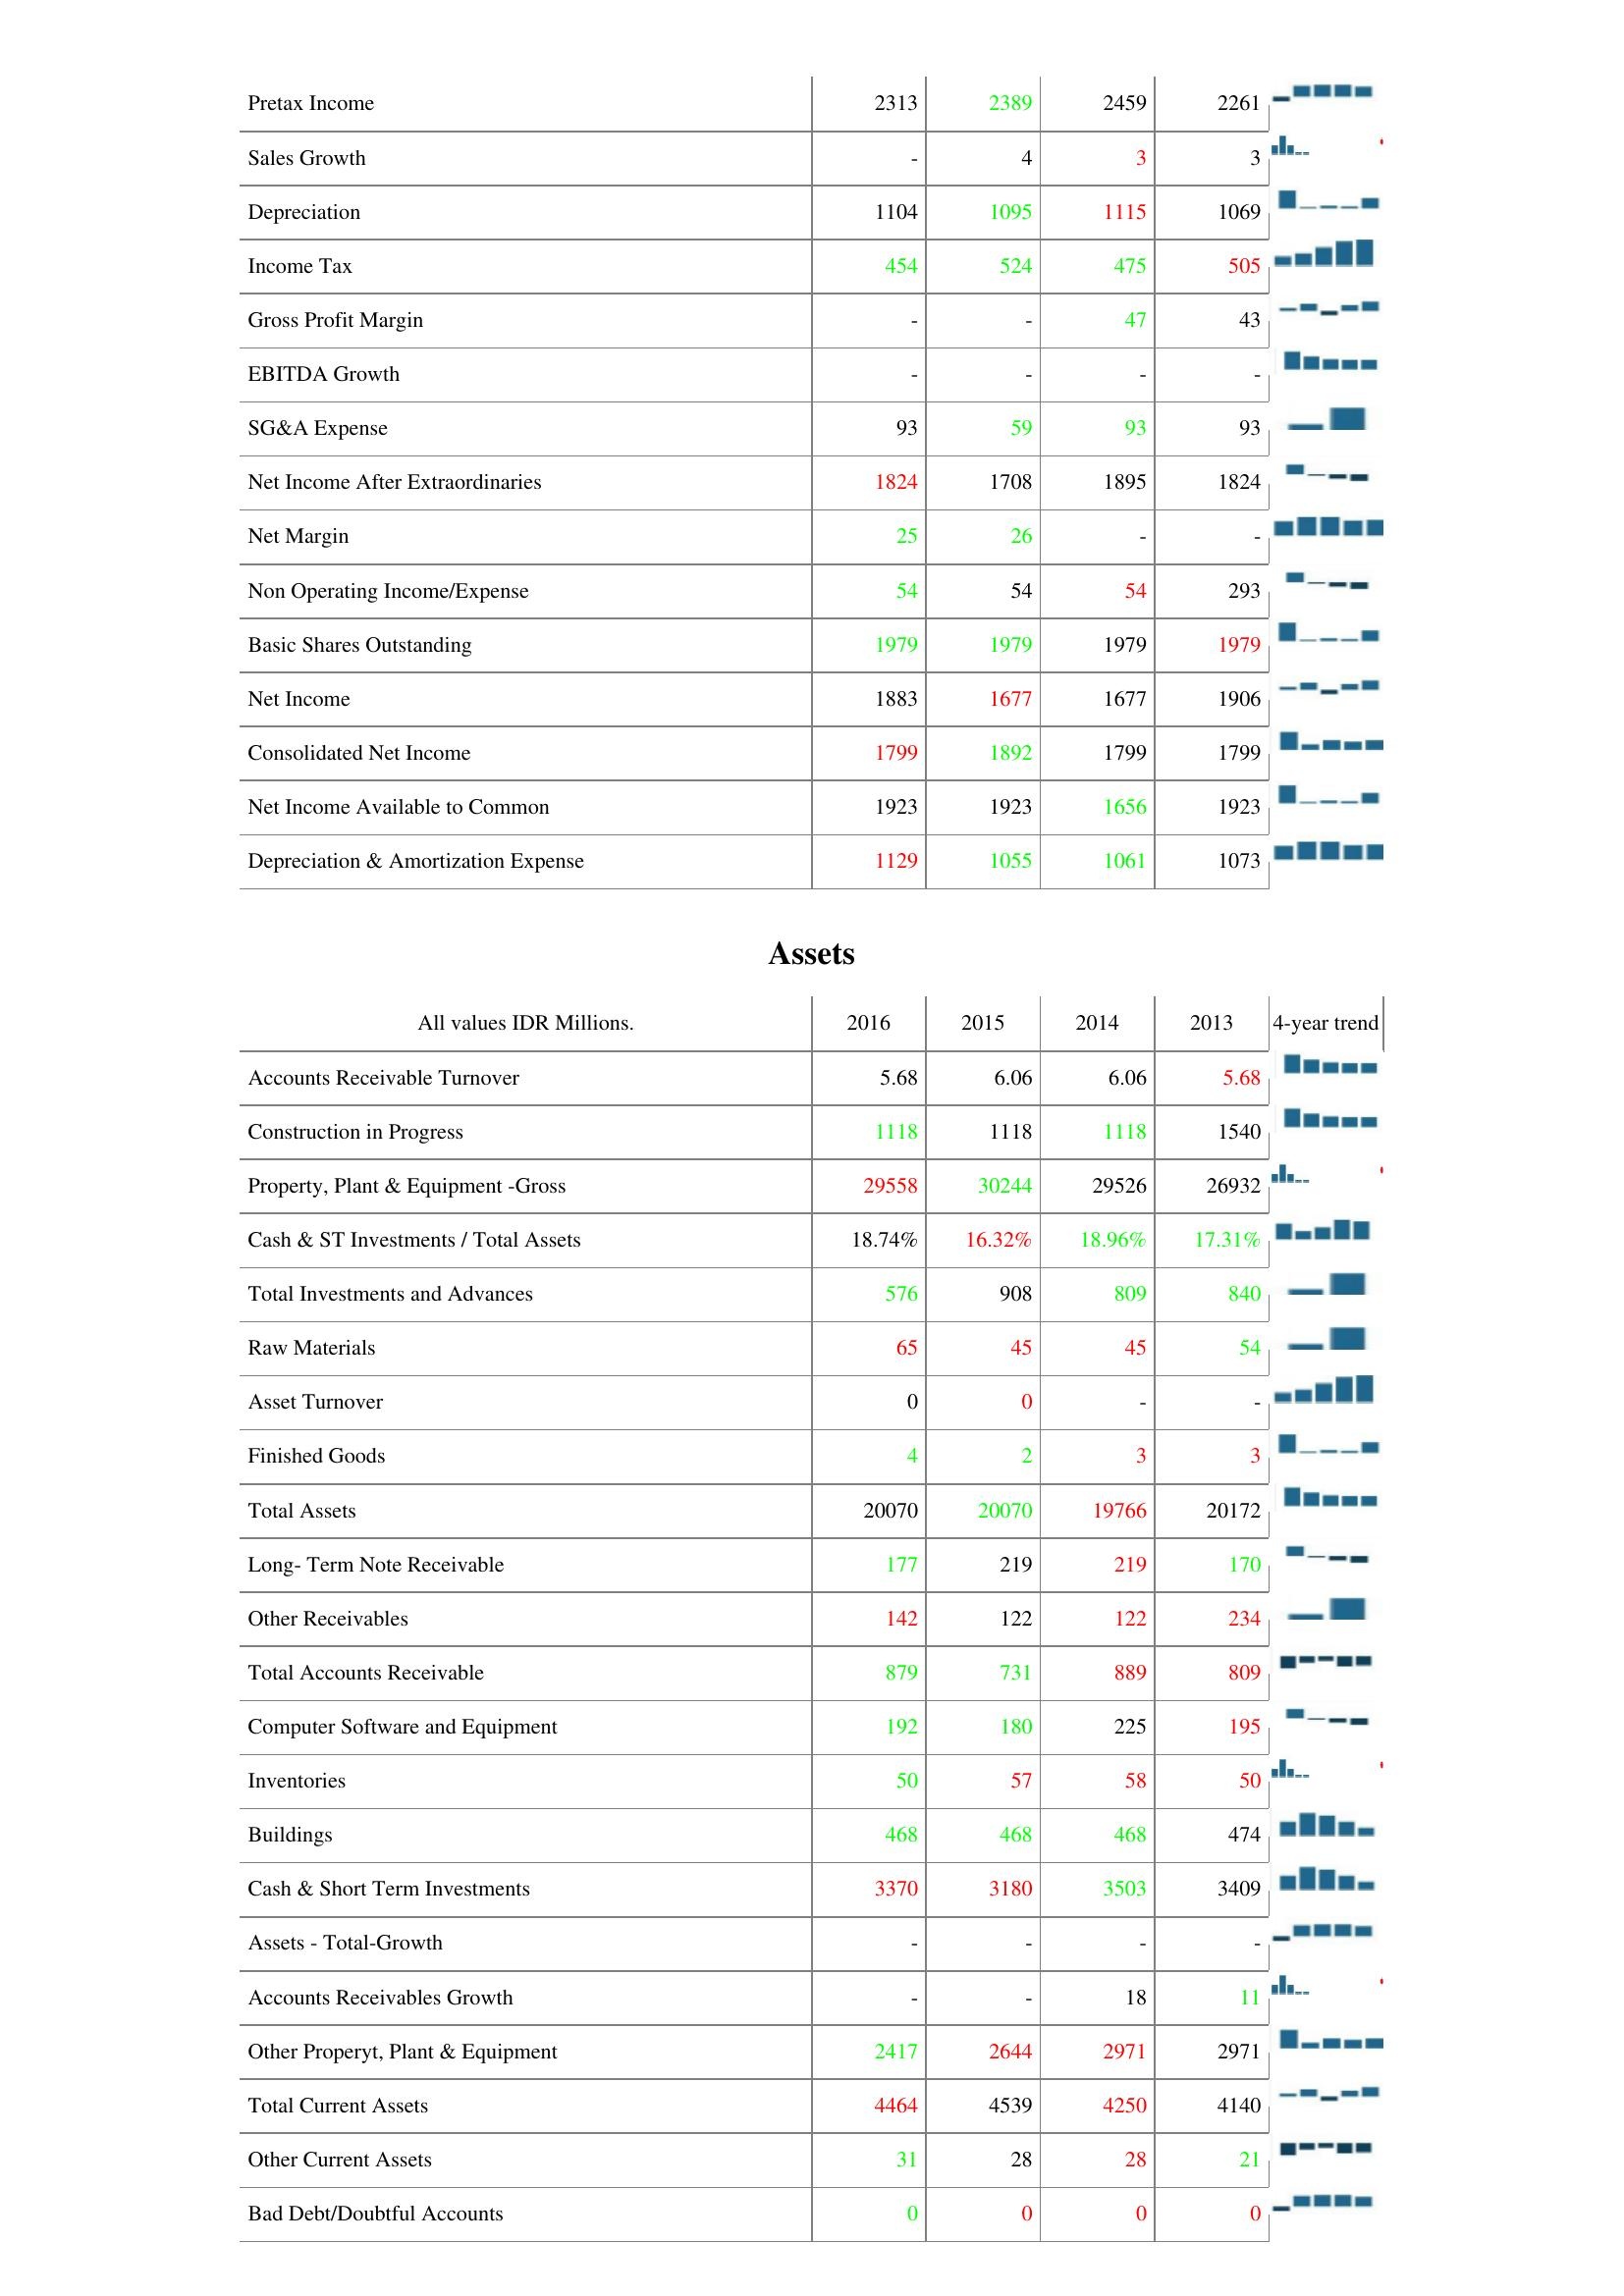
2016: : Pretax Income: 2313
Sales Growth: -
Depreciation: 1104
Income Tax: 454
Gross Profit Margin: -
EBITDA Growth: -
SG&A Expense: 93
Net Income After Extraordinaries: 1824
Net Margin: 25
Non Operating Income/Expense: 54
Basic Shares Outstanding: 1979
Net Income: 1883
Consolidated Net Income: 1799
Net Income Available to Common: 1923
Depreciation & Amortization Expense: 1129
Assets: Accounts Receivable Turnover: 5.68
Construction in Progress: 1118
Property, Plant & Equipment -Gross: 29558
Cash & ST Investments / Total Assets: 18.74%
Total Investments and Advances: 576
Raw Materials: 65
Asset Turnover: 0
Finished Goods: 4
Total Assets: 20070
Long- Term Note Receivable: 177
Other Receivables: 142
Total Accounts Receivable: 879
Computer Software and Equipment: 192
Inventories: 50
Buildings: 468
Cash & Short Term Investments: 3370
Assets - Total-Growth: -
Accounts Receivables Growth: -
Other Properyt, Plant & Equipment: 2417
Total Current Assets: 4464
Other Current Assets: 31
Bad Debt/Doubtful Accounts: 0
2015: : Pretax Income: 2389
Sales Growth: 4
Depreciation: 1095
Income Tax: 524
Gross Profit Margin: -
EBITDA Growth: -
SG&A Expense: 59
Net Income After Extraordinaries: 1708
Net Margin: 26
Non Operating Income/Expense: 54
Basic Shares Outstanding: 1979
Net Income: 1677
Consolidated Net Income: 1892
Net Income Available to Common: 1923
Depreciation & Amortization Expense: 1055
Assets: Accounts Receivable Turnover: 6.06
Construction in Progress: 1118
Property, Plant & Equipment -Gross: 30244
Cash & ST Investments / Total Assets: 16.32%
Total Investments and Advances: 908
Raw Materials: 45
Asset Turnover: 0
Finished Goods: 2
Total Assets: 20070
Long- Term Note Receivable: 219
Other Receivables: 122
Total Accounts Receivable: 731
Computer Software and Equipment: 180
Inventories: 57
Buildings: 468
Cash & Short Term Investments: 3180
Assets - Total-Growth: -
Accounts Receivables Growth: -
Other Properyt, Plant & Equipment: 2644
Total Current Assets: 4539
Other Current Assets: 28
Bad Debt/Doubtful Accounts: 0
2014: : Pretax Income: 2459
Sales Growth: 3
Depreciation: 1115
Income Tax: 475
Gross Profit Margin: 47
EBITDA Growth: -
SG&A Expense: 93
Net Income After Extraordinaries: 1895
Net Margin: -
Non Operating Income/Expense: 54
Basic Shares Outstanding: 1979
Net Income: 1677
Consolidated Net Income: 1799
Net Income Available to Common: 1656
Depreciation & Amortization Expense: 1061
Assets: Accounts Receivable Turnover: 6.06
Construction in Progress: 1118
Property, Plant & Equipment -Gross: 29526
Cash & ST Investments / Total Assets: 18.96%
Total Investments and Advances: 809
Raw Materials: 45
Asset Turnover: -
Finished Goods: 3
Total Assets: 19766
Long- Term Note Receivable: 219
Other Receivables: 122
Total Accounts Receivable: 889
Computer Software and Equipment: 225
Inventories: 58
Buildings: 468
Cash & Short Term Investments: 3503
Assets - Total-Growth: -
Accounts Receivables Growth: 18
Other Properyt, Plant & Equipment: 2971
Total Current Assets: 4250
Other Current Assets: 28
Bad Debt/Doubtful Accounts: 0
2013: : Pretax Income: 2261
Sales Growth: 3
Depreciation: 1069
Income Tax: 505
Gross Profit Margin: 43
EBITDA Growth: -
SG&A Expense: 93
Net Income After Extraordinaries: 1824
Net Margin: -
Non Operating Income/Expense: 293
Basic Shares Outstanding: 1979
Net Income: 1906
Consolidated Net Income: 1799
Net Income Available to Common: 1923
Depreciation & Amortization Expense: 1073
Assets: Accounts Receivable Turnover: 5.68
Construction in Progress: 1540
Property, Plant & Equipment -Gross: 26932
Cash & ST Investments / Total Assets: 17.31%
Total Investments and Advances: 840
Raw Materials: 54
Asset Turnover: -
Finished Goods: 3
Total Assets: 20172
Long- Term Note Receivable: 170
Other Receivables: 234
Total Accounts Receivable: 809
Computer Software and Equipment: 195
Inventories: 50
Buildings: 474
Cash & Short Term Investments: 3409
Assets - Total-Growth: -
Accounts Receivables Growth: 11
Other Properyt, Plant & Equipment: 2971
Total Current Assets: 4140
Other Current Assets: 21
Bad Debt/Doubtful Accounts: 0